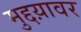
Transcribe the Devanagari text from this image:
मुद्दय़ावर